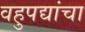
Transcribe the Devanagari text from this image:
वहुपद्यांचा